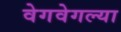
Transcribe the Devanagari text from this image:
वेगवेगल्या